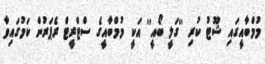
މުމްބާއީގައި ޝޫޓު ކުރި ''ގަލީ ބޯއީ'' އަކީ މުމްބާއީގެ ސްޓްރީޓް ރެޕަރުން ކަމުގައިވާ